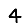
Digit: 4